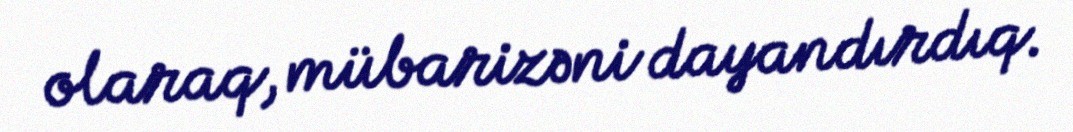
olaraq, mübarizəni dayandırdıq.